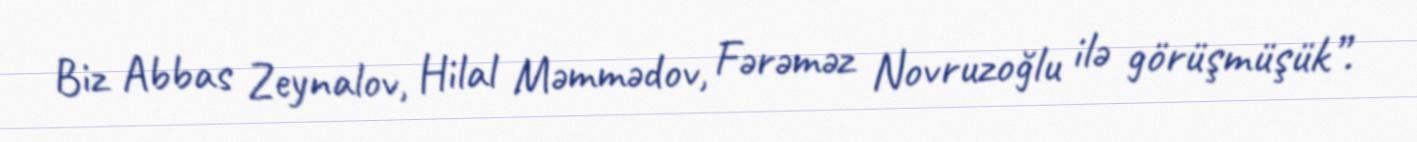
Biz Abbas Zeynalov, Hilal Məmmədov, Fərəməz Novruzoğlu ilə görüşmüşük”.